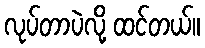
လုပ်တာပဲလို့ ထင်တယ်။